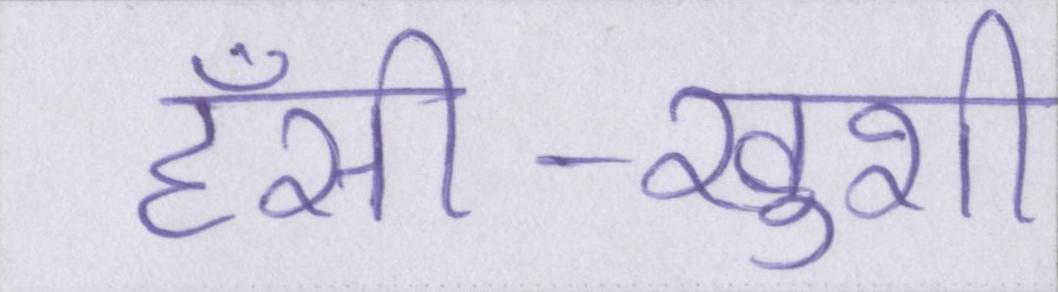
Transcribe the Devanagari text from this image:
हँसी-खुशी